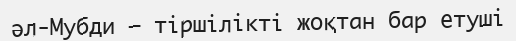
әл-Мубди – тіршілікті жоқтан бар етуші